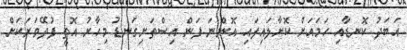
އަބަދު ކޮނޑާއި ހަމައަށް ކޮށާލައިފައި އޮންނަ ފަން އިސްތަށިގަނޑު މިހާރު އޮތީ ފުދޭވަރަކަށް